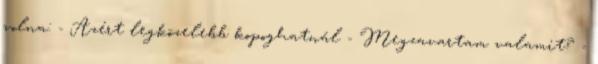
volna: - Azért legközelebb kopoghatnál - Megzavartam valamit? -